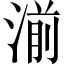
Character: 湔